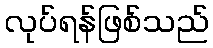
လုပ်ရန်ဖြစ်သည်